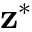
{ \mathbf z } ^ { \ast }